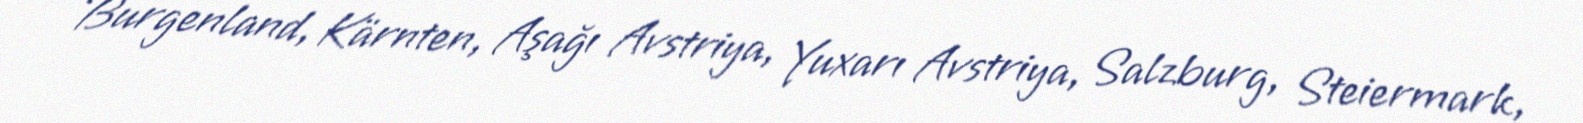
Burgenland, Kärnten, Aşağı Avstriya, Yuxarı Avstriya, Salzburg, Steiermark,